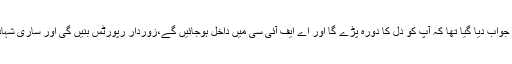
اس پراعتزازاحسن کو جواب دیا گیا تھا کہ آپ کو دل کا دورہ پڑے گا اور اے ایف آئی سی میں داخل ہوجائیں گے،زوردار رپورٹس بنیں گی اور ساری شہادتیں تیار ہوجائیں گی۔